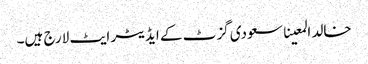
خالد المعینا سعودی گزٹ کے ایڈیٹر ایٹ لارج ہیں۔